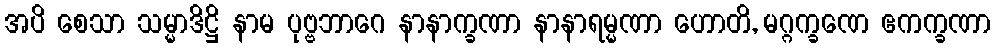
အပိ စေသာ သမ္မာဒိဋ္ဌိ နာမ ပုဗ္ဗဘာဂေ နာနာက္ခဏာ နာနာရမ္မဏာ ဟောတိ, မဂ္ဂက္ခဏေ ဧကက္ခဏာ